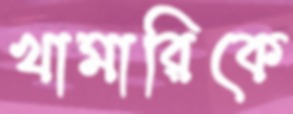
খামারিকে